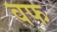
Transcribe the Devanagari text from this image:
वफ